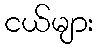
ငယ်များ